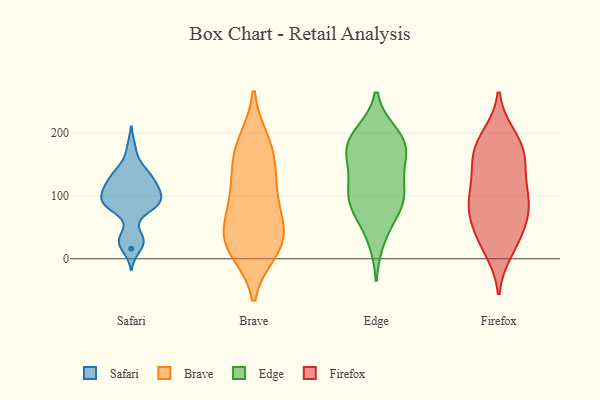
{"axis": {"x": "Net Income (USD K)", "y": "Value"}, "legend": ["Brave", "Edge", "Firefox", "Safari"], "data": [{"x": "", "y": 28, "type": "Safari"}, {"x": "", "y": 121, "type": "Safari"}, {"x": "", "y": 142, "type": "Safari"}, {"x": "", "y": 28, "type": "Safari"}, {"x": "", "y": 80, "type": "Safari"}, {"x": "", "y": 37, "type": "Safari"}, {"x": "", "y": 85, "type": "Safari"}, {"x": "", "y": 87, "type": "Safari"}, {"x": "", "y": 96, "type": "Safari"}, {"x": "", "y": 122, "type": "Safari"}, {"x": "", "y": 177, "type": "Safari"}, {"x": "", "y": 107, "type": "Safari"}, {"x": "", "y": 144, "type": "Safari"}, {"x": "", "y": 115, "type": "Safari"}, {"x": "", "y": 87, "type": "Safari"}, {"x": "", "y": 16, "type": "Safari"}, {"x": "", "y": 133, "type": "Safari"}, {"x": "", "y": 113, "type": "Safari"}, {"x": "", "y": 90, "type": "Safari"}, {"x": "", "y": 94, "type": "Safari"}, {"x": "", "y": 184, "type": "Brave"}, {"x": "", "y": 187, "type": "Brave"}, {"x": "", "y": 154, "type": "Brave"}, {"x": "", "y": 157, "type": "Brave"}, {"x": "", "y": 36, "type": "Brave"}, {"x": "", "y": 101, "type": "Brave"}, {"x": "", "y": 59, "type": "Brave"}, {"x": "", "y": 23, "type": "Brave"}, {"x": "", "y": 20, "type": "Brave"}, {"x": "", "y": 24, "type": "Brave"}, {"x": "", "y": 57, "type": "Brave"}, {"x": "", "y": 13, "type": "Brave"}, {"x": "", "y": 96, "type": "Brave"}, {"x": "", "y": 119, "type": "Brave"}, {"x": "", "y": 31, "type": "Edge"}, {"x": "", "y": 189, "type": "Edge"}, {"x": "", "y": 104, "type": "Edge"}, {"x": "", "y": 179, "type": "Edge"}, {"x": "", "y": 106, "type": "Edge"}, {"x": "", "y": 115, "type": "Edge"}, {"x": "", "y": 78, "type": "Edge"}, {"x": "", "y": 199, "type": "Edge"}, {"x": "", "y": 192, "type": "Edge"}, {"x": "", "y": 74, "type": "Edge"}, {"x": "", "y": 173, "type": "Edge"}, {"x": "", "y": 156, "type": "Edge"}, {"x": "", "y": 91, "type": "Edge"}, {"x": "", "y": 152, "type": "Edge"}, {"x": "", "y": 90, "type": "Firefox"}, {"x": "", "y": 172, "type": "Firefox"}, {"x": "", "y": 22, "type": "Firefox"}, {"x": "", "y": 165, "type": "Firefox"}, {"x": "", "y": 125, "type": "Firefox"}, {"x": "", "y": 45, "type": "Firefox"}, {"x": "", "y": 77, "type": "Firefox"}, {"x": "", "y": 13, "type": "Firefox"}, {"x": "", "y": 104, "type": "Firefox"}, {"x": "", "y": 75, "type": "Firefox"}, {"x": "", "y": 169, "type": "Firefox"}, {"x": "", "y": 165, "type": "Firefox"}, {"x": "", "y": 196, "type": "Firefox"}, {"x": "", "y": 70, "type": "Firefox"}, {"x": "", "y": 194, "type": "Firefox"}, {"x": "", "y": 75, "type": "Firefox"}, {"x": "", "y": 30, "type": "Firefox"}, {"x": "", "y": 138, "type": "Firefox"}, {"x": "", "y": 111, "type": "Firefox"}]}